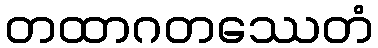
တထာဂတဿေတံ